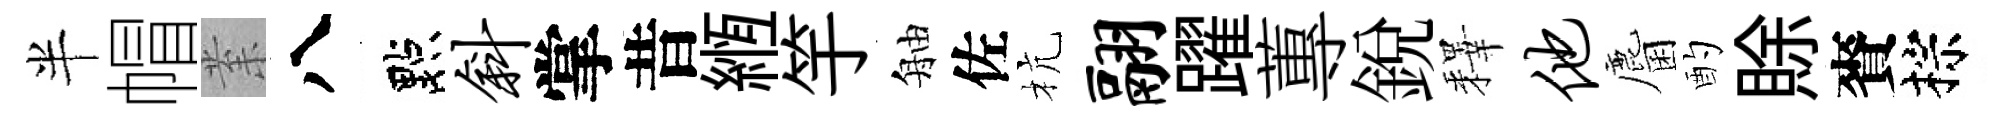
半帽𭪙八點斜掌昔縆竽舳佐杭翮躍蓴銳釋他麕酌賖賚棕